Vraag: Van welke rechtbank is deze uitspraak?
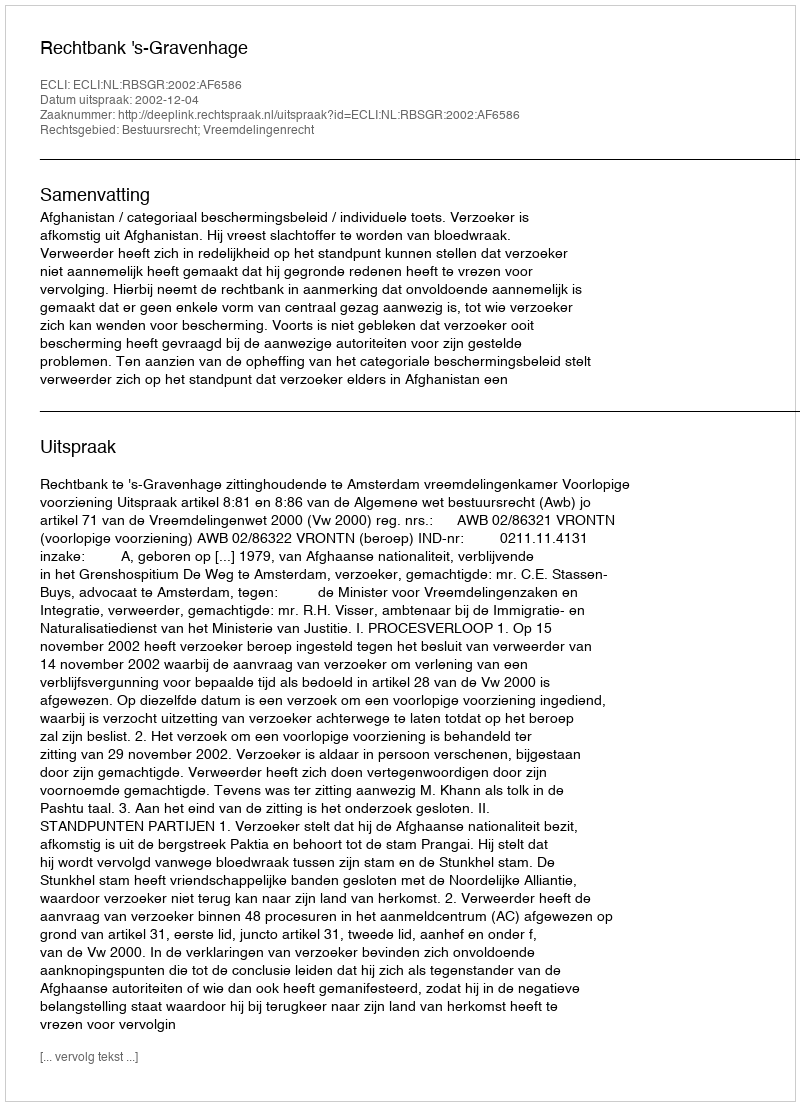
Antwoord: Rechtbank 's-Gravenhage